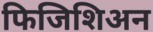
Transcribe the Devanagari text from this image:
फिजिशिअन